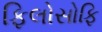
ફિલોસોફિ